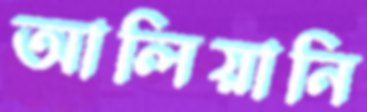
আলিয়ানি